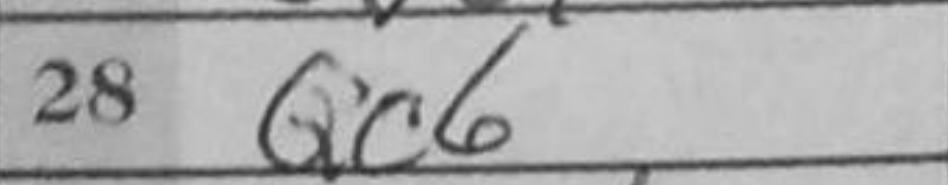
Transcription: Qc6